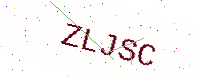
Text: ZLJSC